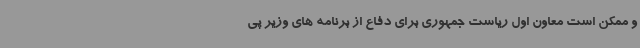
و ممکن است معاون اول ریاست جمهوری برای دفاع از برنامه های وزیر پی